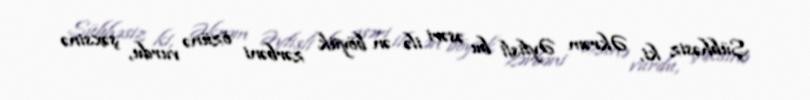
Şübhəsiz ki, Əkrəm Əylisli bu əsəri ilə ən böyük zərbəni özünə vurdu, şəxsinə